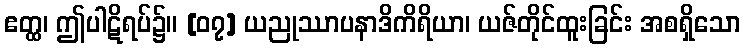
ဧတ္ထ၊ ဤပါဋိရပ်၌။ [၀၇] ယညုဿာပနာဒိကိရိယာ၊ ယဇ်တိုင်ထူးခြင်း အစရှိသော